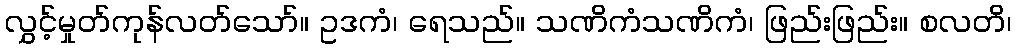
လွှင့်မှုတ်ကုန်လတ်သော်။ ဥဒကံ၊ ရေသည်။ သဏိကံသဏိကံ၊ ဖြည်းဖြည်း။ စလတိ၊